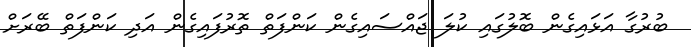
ބުރުގާ އަޅައިގެން ބޮލުގައި ކުލަ ޖައްސައިގެން ކަންފަތް ތޮރުފައިގެން އަދި ކަންފަތް ބޭރަށް